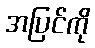
အပြင်ကို